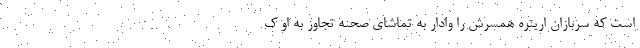
است که سربازان اریتره همسرش را وادار به تماشای صحنه تجاوز به او ک